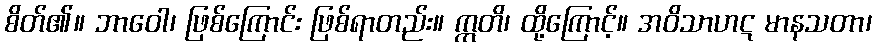
စိတ်၏။ ဘာဝေါ၊ ဖြစ်ကြောင်း ဖြစ်ရာတည်း။ ဣတိ၊ ထို့ကြောင့်။ အဝိသာဟဋ မာနသတာ၊